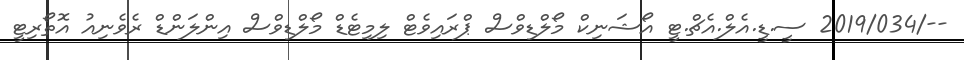
--/2019/034 ސީ.ޑީ.އެލް.އެޗް.ޓީ އޯޝަނިކް މޯލްޑިވްސް ޕްރައިވެޓް ލިމިޓެޑް މޯލްޑިވްސް އިންލަންޑް ރެވެނިއު އޮތޯރިޓީ